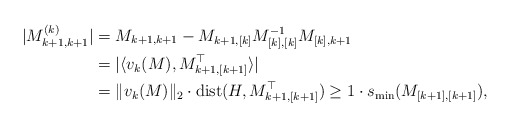
\begin{align*}|M^{(k)}_{k+1,k+1}| &= M_{k+1,k+1} -M_{k+1,[k]} M^{-1}_{[k],[k]} M_{[k],k+1} \\&= | \langle v_k(M), M_{k+1,[k+1]}^\top \rangle | \\&= \|v_k(M)\|_2 \cdot {\rm dist}(H, M_{k+1,[k+1]}^\top)\ge 1 \cdot s_{\min}(M_{[k+1],[k+1]}),\end{align*}